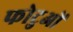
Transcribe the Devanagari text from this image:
फोटुओं